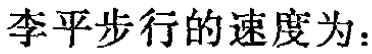
李平步行的速度为：